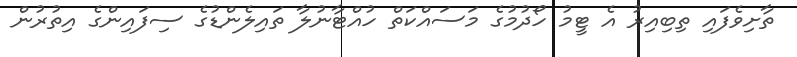
ތާށިވެފައި ތިބިއިރު އެ ޓީމު ހޯދުމުގެ މަސައްކަތް ހުއްޓާނުލާ ތައިލެންޑުގެ ސިފައިންގެ އިތުރުން